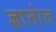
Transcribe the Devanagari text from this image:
ज्ञानांत